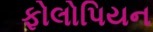
ફોલોપિયન